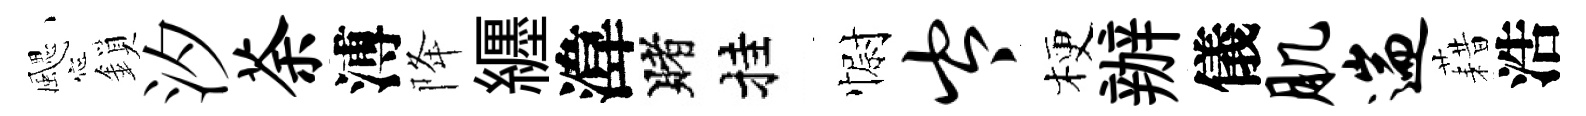
颸鎖汐荼溥降纒湋賭挂𢠢岑梗辦儀肌遄藉浩